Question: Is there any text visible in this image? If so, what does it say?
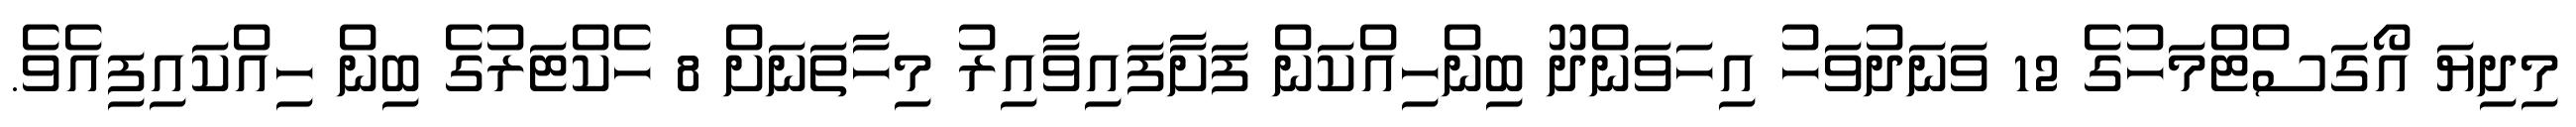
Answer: މިދިޔަ އޯގަސްޓްމަހުގެ 12 ވަނަދުވަހު އިހަވަންދޫ ބިންހިއްކަން ފަށާފައިވާއިރު މިހާތަނަށް 8 ހެކްޓަރުގެ ބިން ހިއްކައިފިއެވެ.